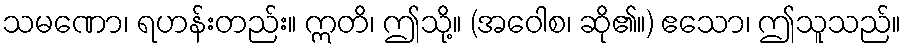
သမဏော၊ ရဟန်းတည်း။ ဣတိ၊ ဤသို့။ (အဝေါစ၊ ဆို၏။) ဧသော၊ ဤသူသည်။